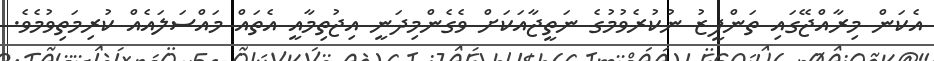
އެކަން މިރާއްޖޭގައި ތަންފީޒު ނުކުރެވުމުގެ ނަތީޖާއަކަށް ވެގެންމިދަނީ އިޖުތިމާއީ އެތައް މައްސަލައެއް ކުރިމަތިވުމެވެ.